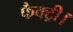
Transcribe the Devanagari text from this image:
फैक्ट्री।